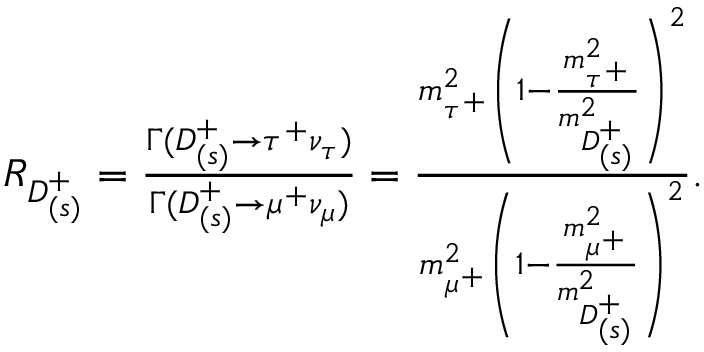
\begin{array} { r } { R _ { D _ { ( s ) } ^ { + } } = \frac { \Gamma ( D _ { ( s ) } ^ { + } \to \tau ^ { + } \nu _ { \tau } ) } { \Gamma ( D _ { ( s ) } ^ { + } \to \mu ^ { + } \nu _ { \mu } ) } = \frac { m _ { \tau ^ { + } } ^ { 2 } \left( 1 - \frac { m _ { \tau ^ { + } } ^ { 2 } } { m _ { D _ { ( s ) } ^ { + } } ^ { 2 } } \right) ^ { 2 } } { m _ { \mu ^ { + } } ^ { 2 } \left( 1 - \frac { m _ { \mu ^ { + } } ^ { 2 } } { m _ { D _ { ( s ) } ^ { + } } ^ { 2 } } \right) ^ { 2 } } . } \end{array}